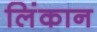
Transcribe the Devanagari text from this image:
लिंकान